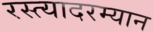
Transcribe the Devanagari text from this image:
रस्त्यादरम्यान